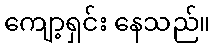
ကျော့ရှင်း နေသည်။